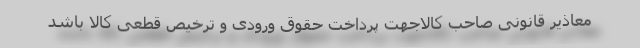
معاذیر قانونی صاحب کالاجهت پرداخت حقوق ورودی و ترخیص قطعی کالا باشد